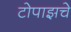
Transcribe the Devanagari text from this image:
टोपाझचे